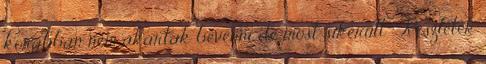
korábban nem akartak bevenni de most sikerült " Részletek